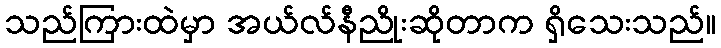
သည်ကြားထဲမှာ အယ်လ်နီညိုးဆိုတာက ရှိသေးသည်။